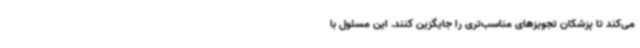
می‌کند تا پزشکان تجویزهای مناسب‌تری را جایگزین کنند. این مسئول با